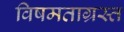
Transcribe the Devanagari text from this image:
विषमताग्रस्त